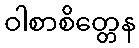
ဝါစာစိတ္တေန